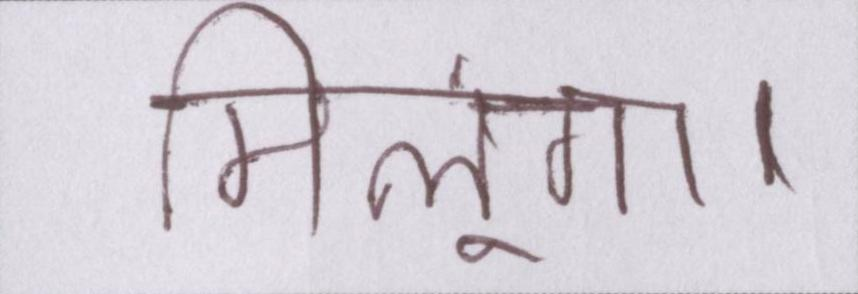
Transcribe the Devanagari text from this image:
मिलूंगा।